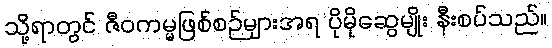
သို့ရာတွင် ဇီဝကမ္မဖြစ်စဉ်များအရ ပိုမိုဆွေမျိုး နီးစပ်သည်။